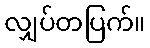
လျှပ်တပြက်။